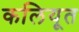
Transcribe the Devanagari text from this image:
कलियूत